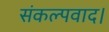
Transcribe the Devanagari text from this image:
संकल्पवाद।